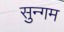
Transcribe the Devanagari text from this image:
सुन्गम